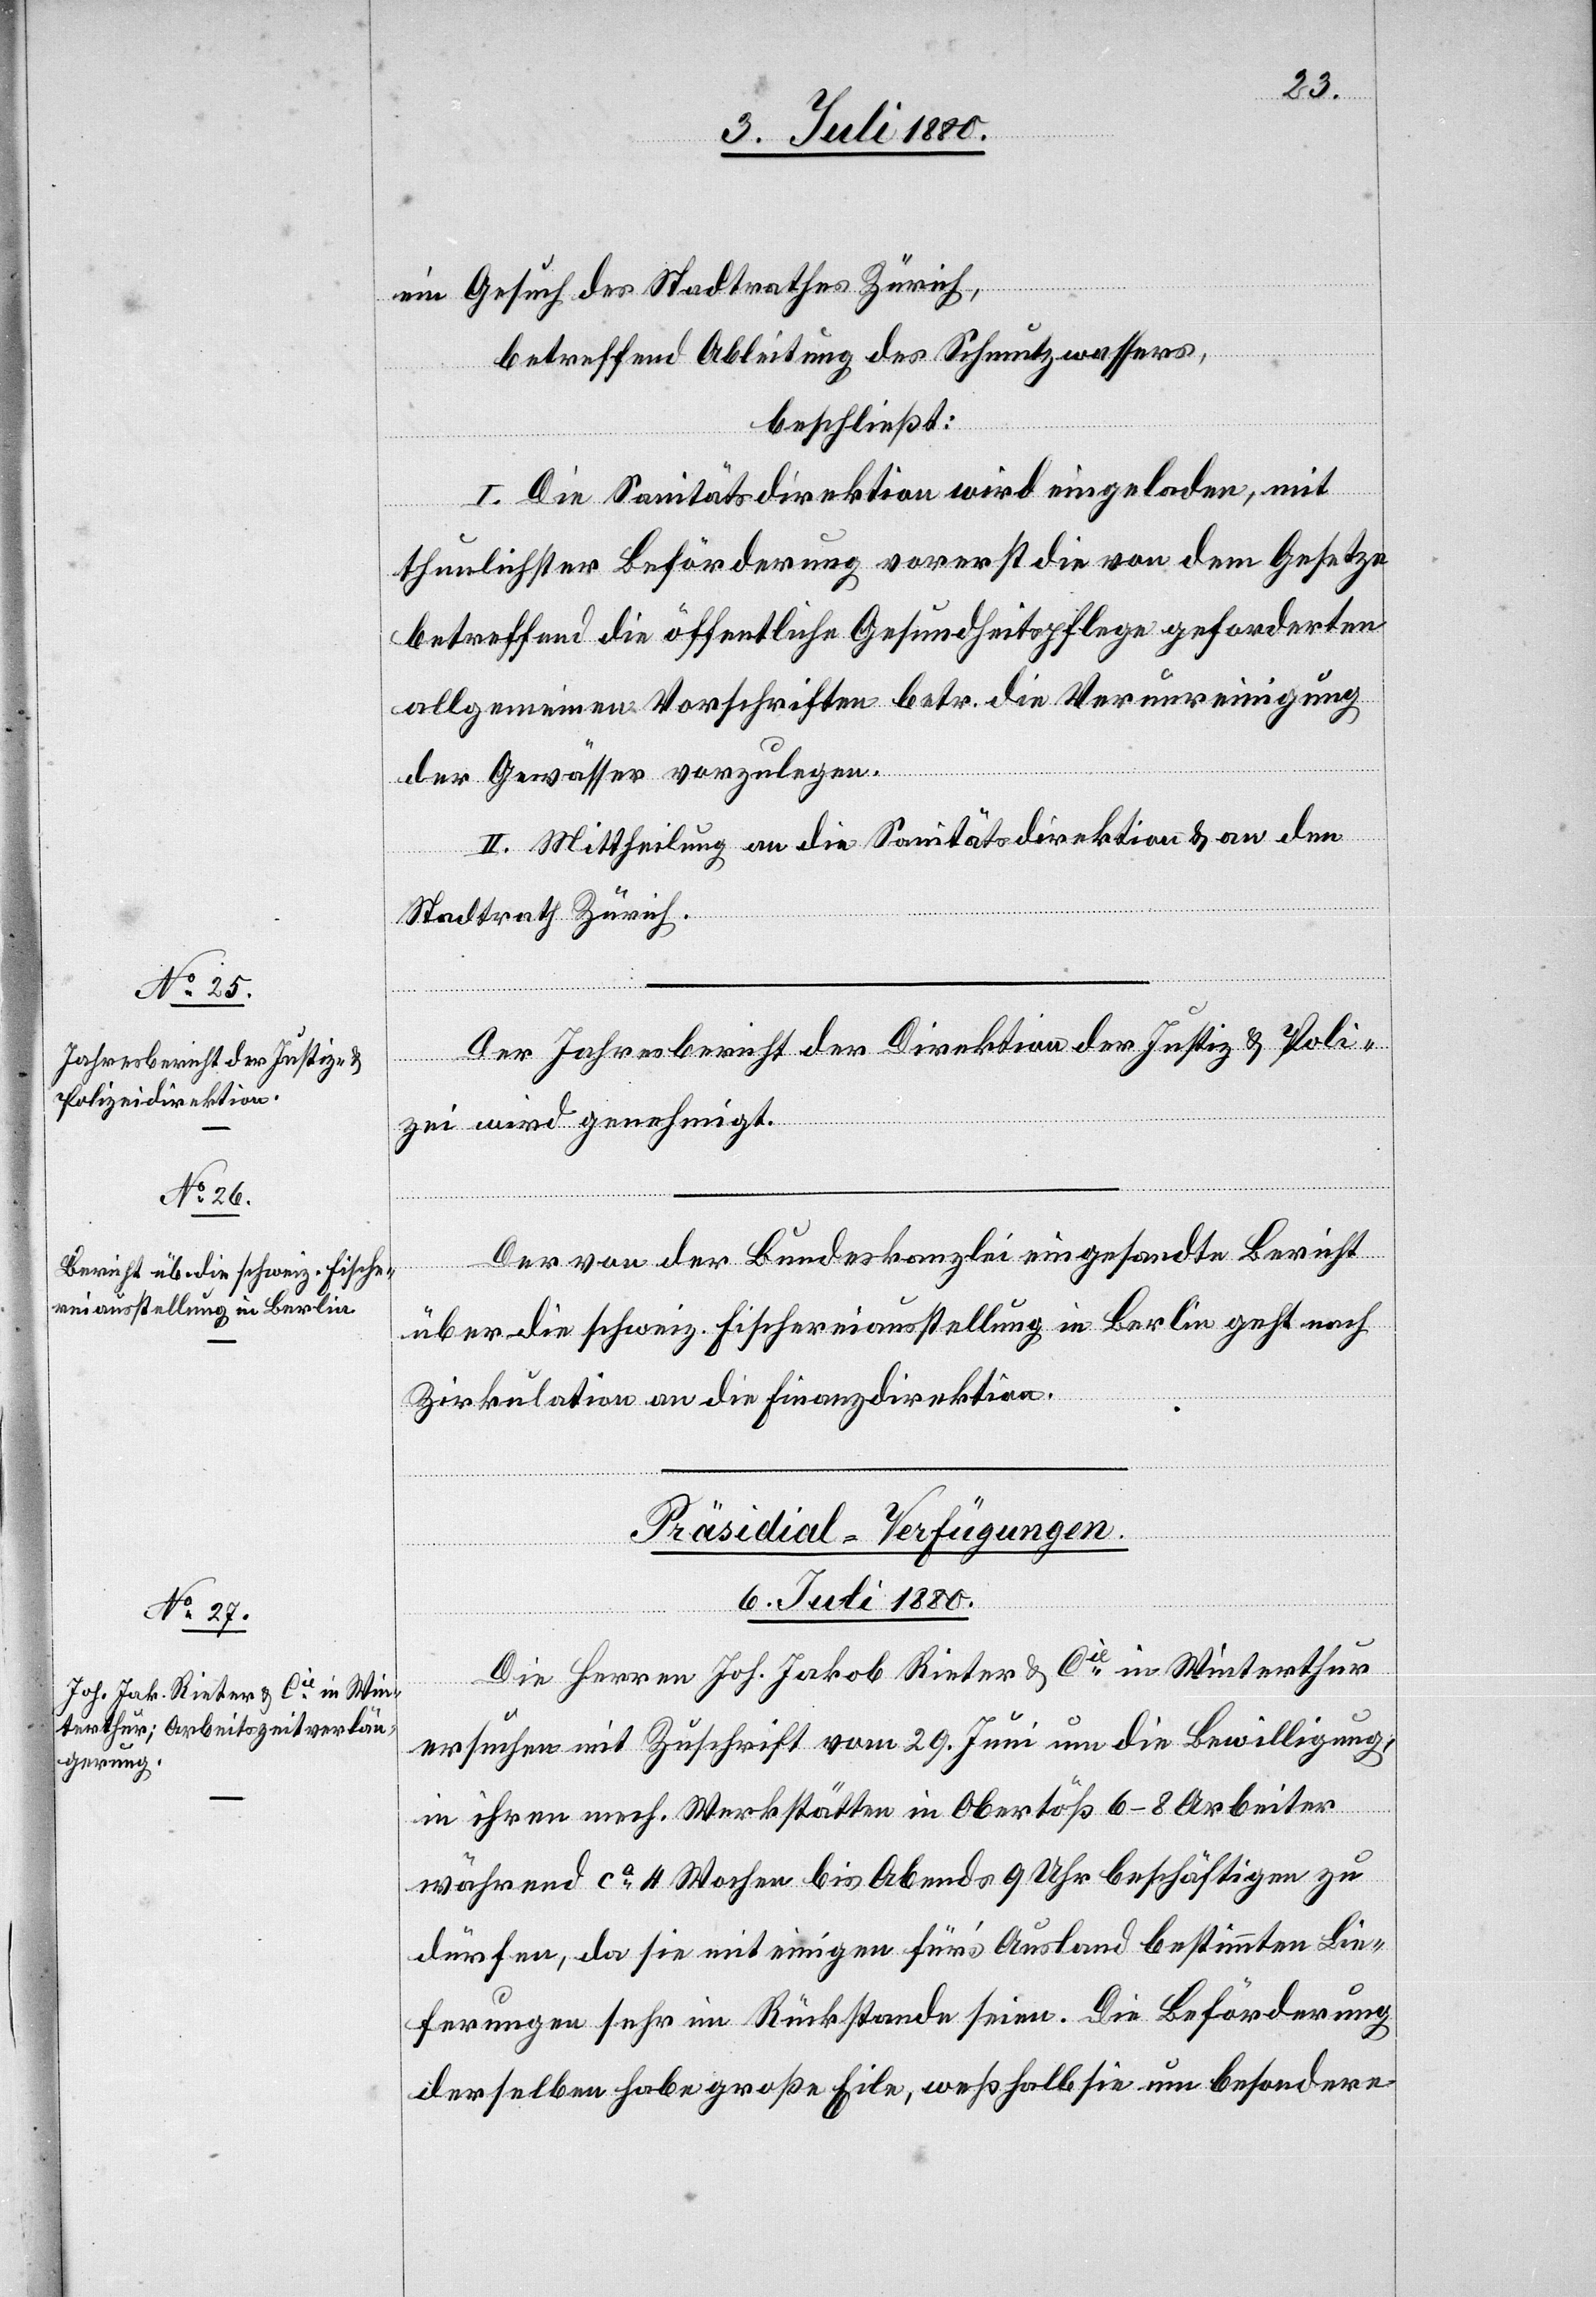
ein Gesuch des Stadtrathes Zürich,
betreffend Ableitung des Schmutzwassers,
beschließt:
I. Die Sanitätsdirektion wird eingeladen, mit
thunlichster Beförderung vorerst die von dem Gesetze
betreffend die öffentliche Gesundheitspflege geforderten
allgemeinen Vorschriften betr. die Verunreinigung
der Gewässer vorzulegen.
II. Mittheilung an die Sanitätsdirektion & an den
Stadtrath Zürich.
Der Jahresbericht der Direktion der Justiz & Poli¬
zei wird genehmigt.
Der von der Bundeskanzlei eingesandte Bericht
über die schweiz. Fischereiausstellung in Berlin geht nach
Zirkulation an die Finanzdirektion.
Präsidial-Verfügungen.
6. Juli 1880.
Die Herren Joh. Jakob Rieter & Cie in Winterthur
ersuchen mit Zuschrift vom 29. Juni um die Bewilligung,
in ihren mech. Werkstätten in Obertöß 6–8 Arbeiter
während ca 4 Wochen bis Abend 9 Uhr beschäftigen zu
dürfen, da sie mit einigen für‘s Ausland bestimmten Lie¬
ferungen sehr im Rückstande seien. Die Beförderung
derselben habe große Eile, weßhalb sie um besondere